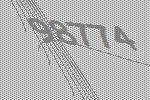
98774